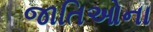
જાતિઓના